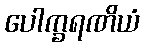
ပေါက္ခရဏိယံ